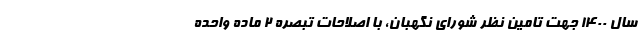
سال ۱۴۰۰ جهت تامین نظر شورای نگهبان، با اصلاحات تبصره ۲ ماده واحده